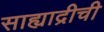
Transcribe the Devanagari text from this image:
साह्याद्रीची